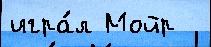
игра́л Мойр